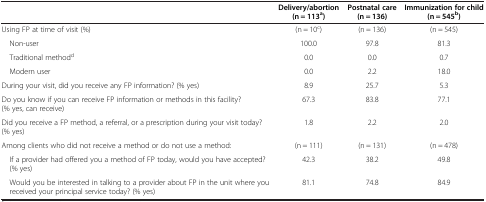
<table><thead><tr><td><b> </b></td><td><b>Delivery/abortion (n = 113<sup>a</sup>)</b></td><td><b>Postnatal care (n = 136)</b></td><td><b>Immunization for child (n = 545<sup>b</sup>)</b></td></tr></thead><tbody><tr><td>Using FP at time of visit (%)</td><td>(n = 10<sup>c</sup>)</td><td>(n = 136)</td><td>(n = 545)</td></tr><tr><td>Non-user</td><td>100.0</td><td>97.8</td><td>81.3</td></tr><tr><td>Traditional method<sup>d</sup></td><td>0.0</td><td>0.0</td><td>0.7</td></tr><tr><td>Modern user</td><td>0.0</td><td>2.2</td><td>18.0</td></tr><tr><td>During your visit, did you receive any FP information? (% yes)</td><td>8.9</td><td>25.7</td><td>5.3</td></tr><tr><td>Do you know if you can receive FP information or methods in this facility? (% yes, can receive)</td><td>67.3</td><td>83.8</td><td>77.1</td></tr><tr><td>Did you receive a FP method, a referral, or a prescription during your visit today? (% yes)</td><td>1.8</td><td>2.2</td><td>2.0</td></tr><tr><td>Among clients who did not receive a method or do not use a method:</td><td>(n = 111)</td><td>(n = 131)</td><td>(n = 478)</td></tr><tr><td>If a provider had offered you a method of FP today, would you have accepted? (% yes)</td><td>42.3</td><td>38.2</td><td>49.8</td></tr><tr><td>Would you be interested in talking to a provider about FP in the unit where you received your principal service today? (% yes)</td><td>81.1</td><td>74.8</td><td>84.9</td></tr></tbody></table>